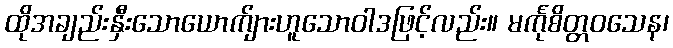
ထိုအချည်းနှီးသောယောက်ျားဟူသောဝါဒဖြင့်လည်း။ မင်္ကုစိတ္တဝသေန၊